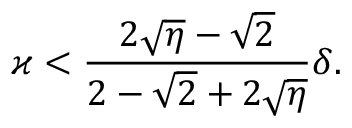
\varkappa < \frac { 2 \sqrt { \eta } - \sqrt { 2 } } { 2 - \sqrt { 2 } + 2 \sqrt { \eta } } \delta .